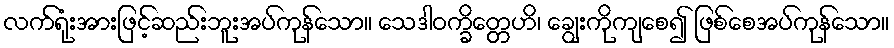
လက်ရုံးအားဖြင့်ဆည်းဘူးအပ်ကုန်သော။ သေဒါဝက္ခိတ္တေဟိ၊ ချွေးကိုကျစေ၍ ဖြစ်စေအပ်ကုန်သော။